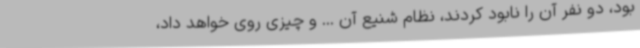
بود، دو نفر آن را نابود کردند، نظام شنیع آن ... و چیزی روی خواهد داد،